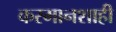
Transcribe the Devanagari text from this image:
करमानशाही